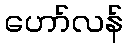
ဟော်လန်